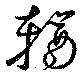
輶